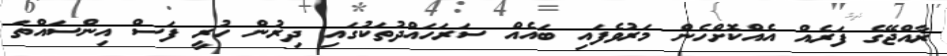
ރާއްޖޭގެ ފަރެއް އެއްކޮށްހެން މަރުވެފައި ބައެއް ސަރަހައްދުތަކުގައި ދިރުން ހުރީ ފަސް އިންސައްތަ